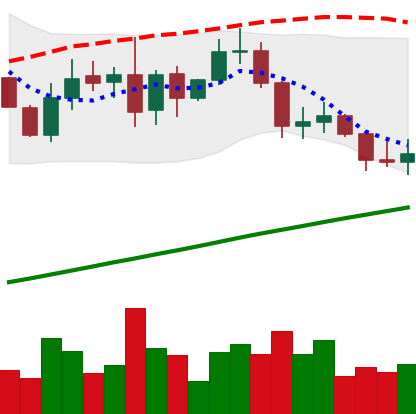
Ticker: LINK-USD
Chart end date: 2019-08-27
Forward return: -15.754%
Label: down_7plus